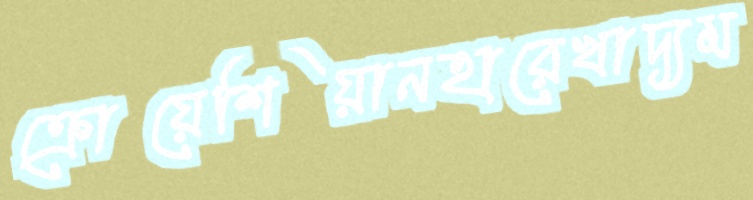
ক্রোয়েশিয়ানহারেখাদ্যম